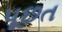
પૂછત